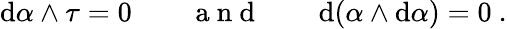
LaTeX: \mathrm{d}\alpha\wedge\tau=0\qquad\mathrm{~a~n~d~}\qquad\mathrm{d}(\alpha\wedge\mathrm{d}\alpha)=0\ .